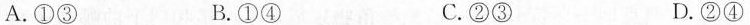
A. ①③ B. ①④ C. ②③ D. ②④